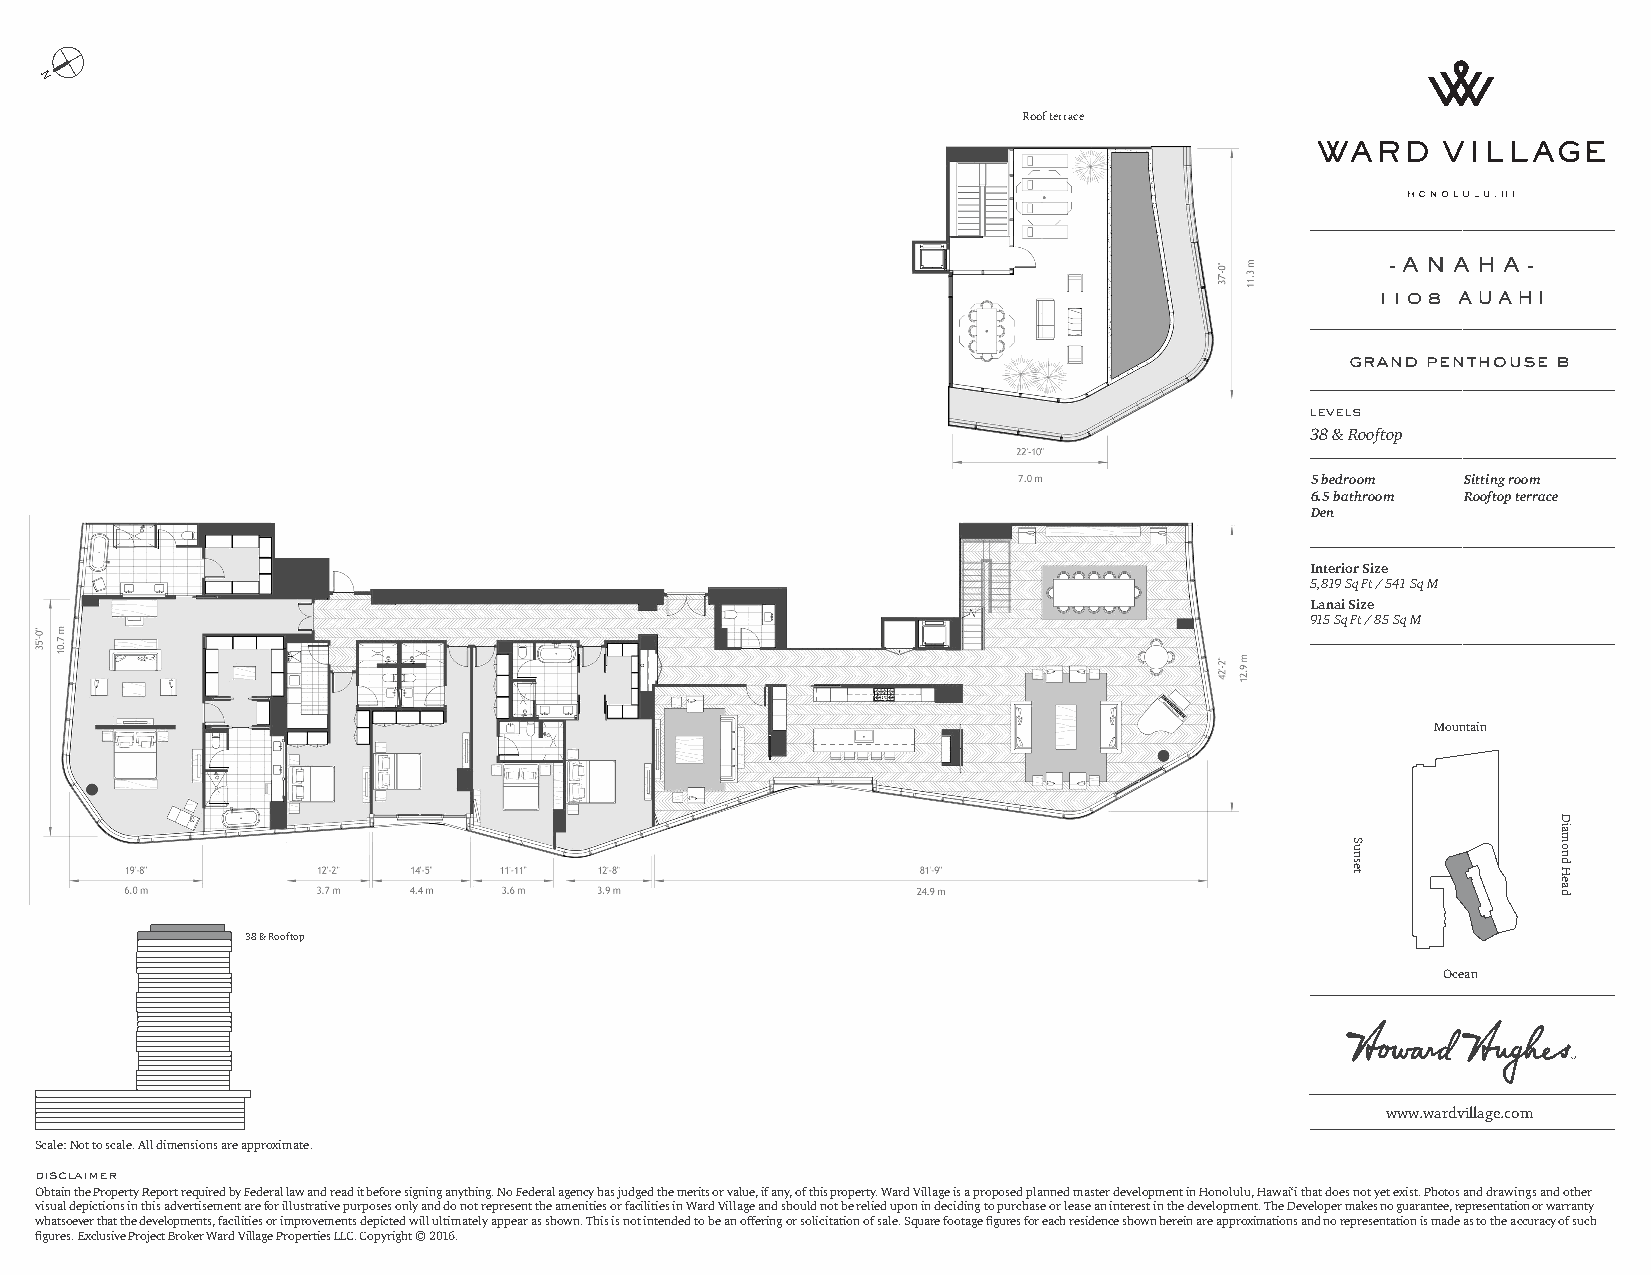
N
 Roof terrace
 - A N A H A -
 1108 AUAHI
 grand penthouse b
 levels
 38 & Rooftop
 5 bedroom Sitting room
 6.5 bathroom Rooftop terrace
 Den
 Interior Size
 5,819 Sq Ft / 541 Sq M
 Lanai Size
 915 Sq Ft / 85 Sq M
 Mountain
 38 & Rooftop
 Ocean
 www.wardvillage.com
 Scale: Not to scale. All dimensions are approximate.
 disclaimer
 Obtain the Property Report required by Federal law and read it before signing anything. No Federal agency has judged the merits or value, if any, of this property. Ward Village is a proposed planned master development in Honolulu, Hawai‘i that does not yet exist. Photos and drawings and other
 visual depictions in this advertisement are for illustrative purposes only and do not represent the amenities or facilities in Ward Village and should not be relied upon in deciding to purchase or lease an interest in the development. The Developer makes no guarantee, representation or warranty
 whatsoever that the developments, facilities or improvements depicted will ultimately appear as shown. This is not intended to be an offering or solicitation of sale. Square footage figures for each residence shown herein are approximations and no representation is made as to the accuracy of such
 figures. Exclusive Project Broker Ward Village Properties LLC. Copyright © 2016.
 Sunset
 Diamond
 Head